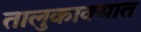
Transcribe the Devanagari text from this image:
तालुकाक्यात